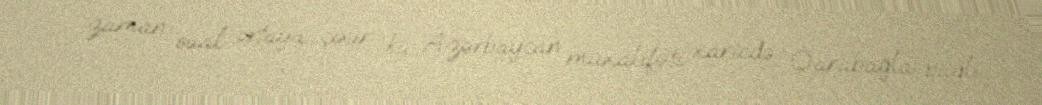
O zaman sual ortaya çıxır ki, Azərbaycan müxalifəti xaricdə Qarabağla bağlı